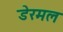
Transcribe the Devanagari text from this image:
डेरमल